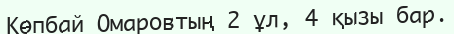
Көпбай Омаровтың 2 ұл, 4 қызы бар.